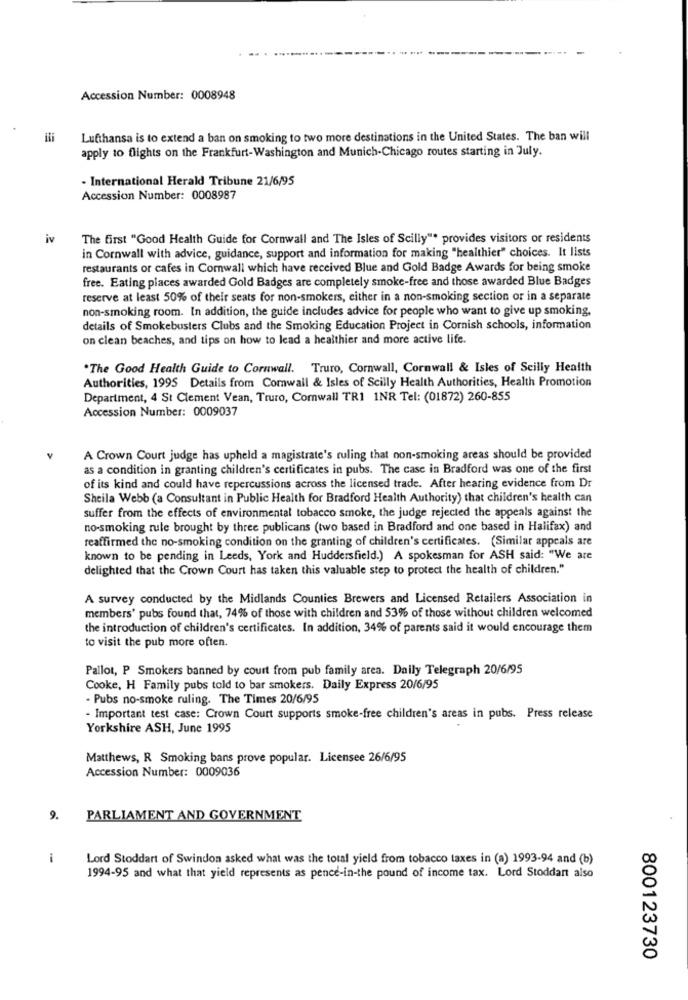
Accession Number: 0008948
Lufthansa is to extend a ban on smoking to two more destinations in the United States. The ban will
apply to flights on the Frankfurt-Washington and Munich-Chicago routes starting in July.
- International Herald Tribune 21/6/95
Accession Number: 0008987
iv
The first "Good Health Guide for Cornwall and The Isles of Scilly"" provides visitors or residents
in Cornwall with advice, guidance, support and information for making "healthier" choices. It lists
restaurants or cafes in Comwall which have received Blue and Gold Badge Awards for being smoke
free. Eating places awarded Gold Badges are completely smoke-free and those awarded Blue Badges
reserve at least 50% of their seats for non-smokers, either in a non-smoking section or in a separate
non-smoking room. In addition, the guide includes advice for people who want to give up smoking,
details of Smokebusters Clubs and the Smoking Education Project in Cornish schools, information
on clean beaches, and tips on how to lead a healthier and more active life.
.The Good Health Guide to Cornwall. Truro, Cornwall, Cornwall & Isles of Scilly Health
Authorities, 1995 Details from Comwail & Isles of Scilly Health Authorities, Health Promotion
Department, 4 St Clement Vean, Truro, Comwall TR1 1NR Tel: (01872) 260-855
Accession Number: 0009037
A Crown Court judge has upheld a magistrate's ruling that non-smoking areas should be provided
as a condition in granting children's certificates in pubs. The case in Bradford was one of the first
of its kind and could have repercussions across the licensed trade. After hearing evidence from Dr
Sheila Webb (a Consultant in Public Health for Bradford Health Authority) that children's health can
suffer from the effects of environmental tobacco smoke, the judge rejected the appeals against the
no-smoking rule brought by three publicans (two based in Bradford and one based in Halifax) and
reaffirmed the no-smoking condition on the granting of children's certificates. (Similar appeals are
known to be pending in Leeds, York and Huddersfield.) A spokesman for ASH said: "We are
delighted that the Crown Court has taken this valuable step to protect the health of children."
A survey conducted by the Midlands Counties Brewers and Licensed Retailers Association in
members' pubs found that, 74% of those with children and 53% of those without children welcomed
the introduction of children's certificates. In addition, 34% of parents said it would encourage them
to visit the pub more often.
Pallot, P Smokers banned by court from pub family area. Daily Telegraph 20/6/95
Cooke, H Family pubs told to bar smokers. Daily Express 20/6/95
· Pubs no-smoke ruling. The Times 20/6/95
- Important test case: Crown Court supports smoke-free children's areas in pubs. Press release
Yorkshire ASH, June 1995
Matthews, R Smoking bans prove popular. Licensee 26/6/95
Accession Number: 0009036
9.
PARLIAMENT AND GOVERNMENT
1
Lord Stoddart of Swindon asked what was the total yield from tobacco taxes in (a) 1993-94 and (b)
1994-95 and what that yield represents as pence-in-the pound of income tax. Lord Stoddart also
800123730